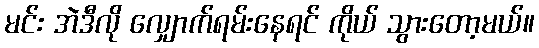
မင်း အဲဒီလို လျှောက်ရမ်းနေရင် ကိုယ် သွားတော့မယ်။